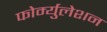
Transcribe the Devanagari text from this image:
फोर्म्युलेशन